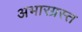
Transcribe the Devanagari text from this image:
अभारग्रस्त